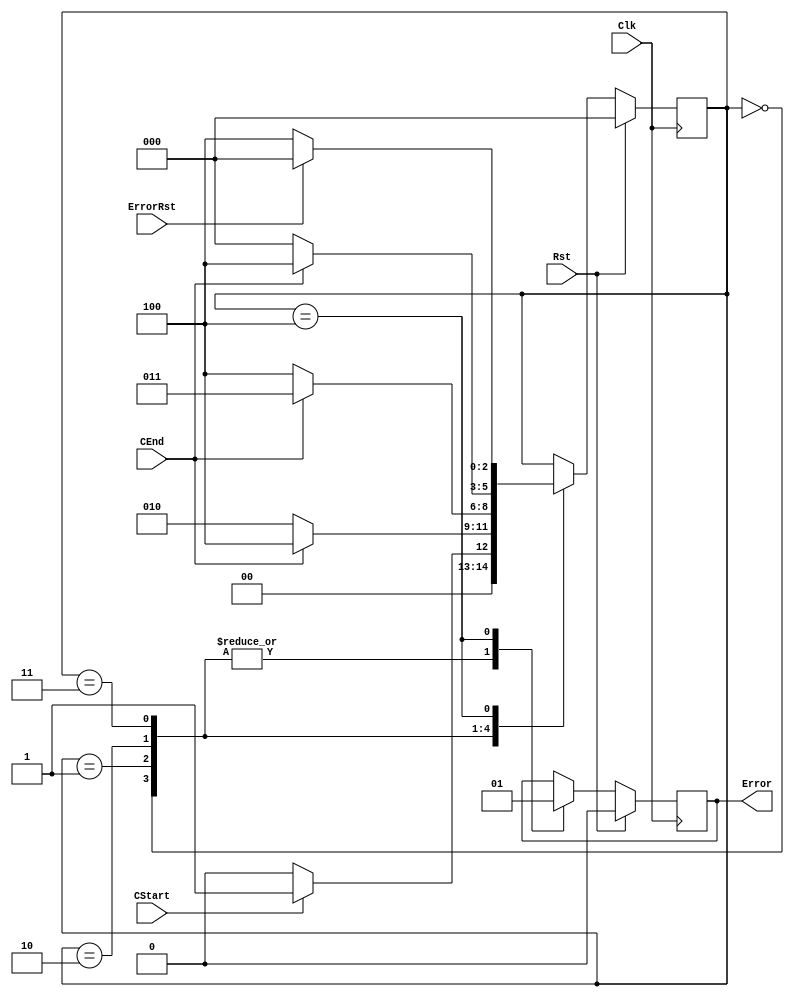
`timescale 1 ns/1 ns
module TimeVerifierOP(Clk, Rst, CStart, CEnd, ErrorRst, Error);
   input Clk, Rst;
   input CStart, CEnd, ErrorRst;
   output reg Error;
 
   parameter S_Wait = 0, 
             S_Cycle1 = 1, 
             S_Cycle2 = 2, 
             S_CycleEnd = 3, 
             S_Error = 4;
             
   reg [2:0] State;
   
   // One procedure FSM
   always @(posedge Clk) begin
      if (Rst == 1) begin
         State <= S_Wait;
         Error <= 0;
      end
      else begin
         case (State) 
            S_Wait : begin
               Error <= 0;
               if (CStart == 1) begin
                  State <= S_Cycle1;
               end 
               else begin
                  State <= S_Wait;
               end
            end
            
            S_Cycle1 : begin
               Error <= 0;
               if (CEnd == 1) begin
                  State <= S_Error;
               end
               else begin 
                  State <= S_Cycle2;
               end
            end
              
            S_Cycle2 : begin
               Error <= 0;
               if(CEnd == 1) begin
                  State <= S_CycleEnd;
               end
               else begin
                  State <= S_Error;
               end
            end
              
            S_CycleEnd : begin
               Error <= 0;
               if (CEnd == 1) begin
                  State <= S_Error;
               end
               else begin
                  State <= S_Wait;
               end
            end
              
            S_Error : begin
               Error <= 1;
               if (ErrorRst == 1) begin
                  State <= S_Wait;
               end
               else begin
                  State <= S_Error;
               end
            end
         endcase
      end 
   end
endmodule